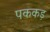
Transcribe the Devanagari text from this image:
पककड़